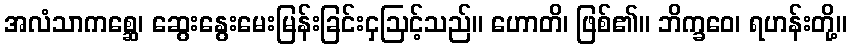
အလံသာကစ္ဆေ၊ ဆွေးနွေးမေးမြန်းခြင်းငှဩင့်သည်။ ဟောတိ၊ ဖြစ်၏။ ဘိက္ခဝေ၊ ရဟန်းတို့။